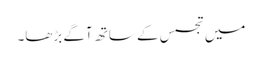
میں تجسس کے ساتھ آگے بڑھا۔